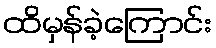
ထိမှန်ခဲ့ကြောင်း